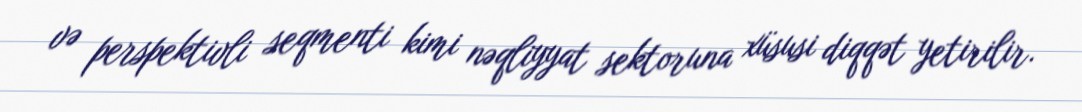
və perspektivli seqmenti kimi nəqliyyat sektoruna xüsusi diqqət yetirilir.